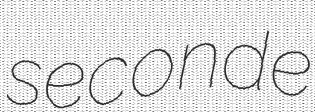
seconde